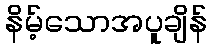
နိမ့်သောအပူချိန်